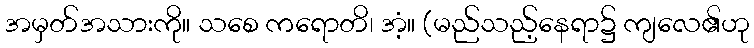
အမှတ်အသားကို။ သစေ ကရောတိ၊ အံ့။ (မည်သည့်နေရာ၌ ကျလေ၏ဟု